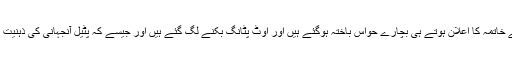
بہرحال حالات ایسے ہیں کہ ون یونٹ کے خاتمہ کا اعلان ہوتے ہی بچارے حواس باختہ ہوگئے ہیں اور اوٹ پٹانگ بکنے لگ گئے ہیں اور جیسے کہ پٹیل آنجہانی کی ذہنیت نے پاکستان بنانے میں اہم رول ادا کیا تھا۔